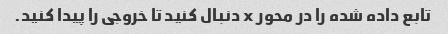
تابع داده شده را در محور x دنبال کنید تا خروجی را پیدا کنید.